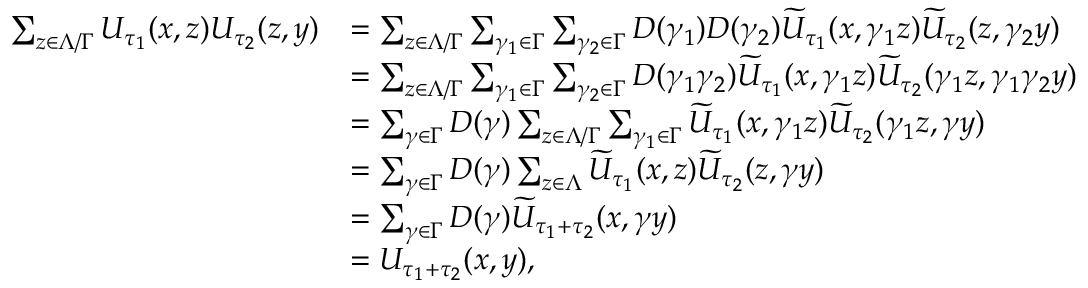
\begin{array} { r l } { \sum _ { z \in \Lambda / \Gamma } U _ { \tau _ { 1 } } ( x , z ) U _ { \tau _ { 2 } } ( z , y ) } & { = \sum _ { z \in \Lambda / \Gamma } \sum _ { \gamma _ { 1 } \in \Gamma } \sum _ { \gamma _ { 2 } \in \Gamma } D ( \gamma _ { 1 } ) D ( \gamma _ { 2 } ) \widetilde { U } _ { \tau _ { 1 } } ( x , \gamma _ { 1 } z ) \widetilde { U } _ { \tau _ { 2 } } ( z , \gamma _ { 2 } y ) } \\ & { = \sum _ { z \in \Lambda / \Gamma } \sum _ { \gamma _ { 1 } \in \Gamma } \sum _ { \gamma _ { 2 } \in \Gamma } D ( \gamma _ { 1 } \gamma _ { 2 } ) \widetilde { U } _ { \tau _ { 1 } } ( x , \gamma _ { 1 } z ) \widetilde { U } _ { \tau _ { 2 } } ( \gamma _ { 1 } z , \gamma _ { 1 } \gamma _ { 2 } y ) } \\ & { = \sum _ { \gamma \in \Gamma } D ( \gamma ) \sum _ { z \in \Lambda / \Gamma } \sum _ { \gamma _ { 1 } \in \Gamma } \widetilde { U } _ { \tau _ { 1 } } ( x , \gamma _ { 1 } z ) \widetilde { U } _ { \tau _ { 2 } } ( \gamma _ { 1 } z , \gamma y ) } \\ & { = \sum _ { \gamma \in \Gamma } D ( \gamma ) \sum _ { z \in \Lambda } \widetilde { U } _ { \tau _ { 1 } } ( x , z ) \widetilde { U } _ { \tau _ { 2 } } ( z , \gamma y ) } \\ & { = \sum _ { \gamma \in \Gamma } D ( \gamma ) \widetilde { U } _ { \tau _ { 1 } + \tau _ { 2 } } ( x , \gamma y ) } \\ & { = U _ { \tau _ { 1 } + \tau _ { 2 } } ( x , y ) , } \end{array}